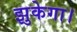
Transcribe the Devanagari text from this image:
झुकेगा।